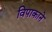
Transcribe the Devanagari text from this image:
विपाकाने